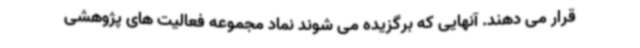
قرار می دهند. آنهایی که برگزیده می شوند نماد مجموعه فعالیت های پژوهشی